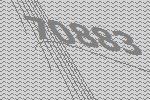
70883